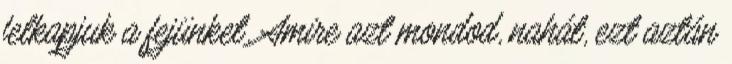
felkapjuk a fejünket. Amire azt mondod, nahát, ezt aztán